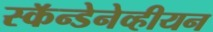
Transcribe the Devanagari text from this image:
स्कॅन्डेनेव्हीयन